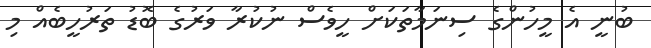
ބުނީ އެ މީހުންގެ ސިނަމާތަކަށް ހީވެސް ނުކުރާ ވަރުގެ ބޮޑު ތަރުހީބެއް މި